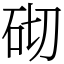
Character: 砌